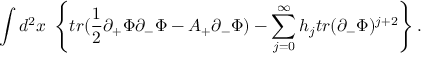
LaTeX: \int d ^ { 2 } x \; \left\{ t r ( \frac { 1 } { 2 } \partial _ { + } \Phi \partial _ { - } \Phi - A _ { + } \partial _ { - } \Phi ) - \sum _ { j = 0 } ^ { \infty } h _ { j } t r ( \partial _ { - } \Phi ) ^ { j + 2 } \right\} .